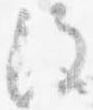
改